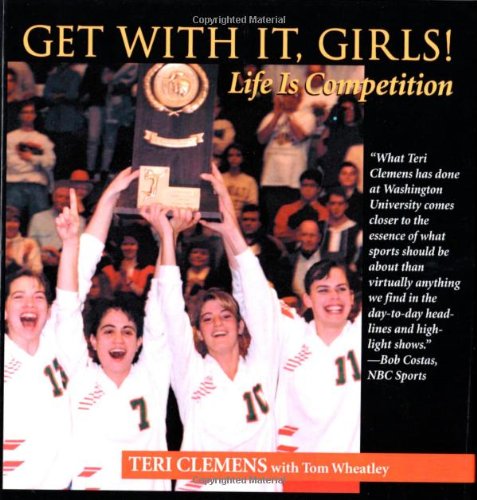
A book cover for Get with It, Girls!: Life is Competition; Teri Clemens; Sports & Outdoors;